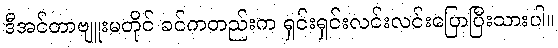
ဒီအင်တာဗျူးမတိုင် ခင်ကတည်းက ရှင်းရှင်းလင်းလင်းပြောပြီးသားပါ။